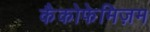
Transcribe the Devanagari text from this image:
कैकोफेमिज़म